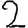
Digit: 2